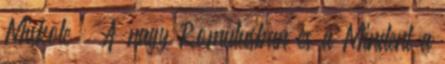
Miskolc – A nagy Romulusban és a Mindent a